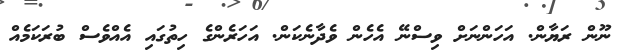
ނޫން ރަޔާން. އަހަންނަށް ވިސްނޭ އެހެން ވެދާނެކަން. އަހަރެންގެ ހިތުގައި އެއްވެސް ބުރަކަމެއް